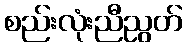
စည်းလုံးညီညွတ်